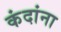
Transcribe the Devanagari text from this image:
कंदांना